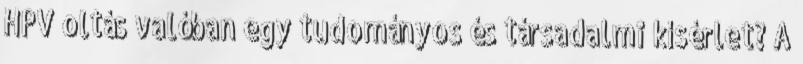
HPV oltás valóban egy tudományos és társadalmi kísérlet? A